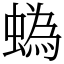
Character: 蟡